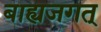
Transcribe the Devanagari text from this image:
बाह्यजगत्‌